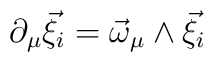
\partial_\mu \vec\xi_i = \vec\omega_\mu\wedge\vec\xi_i